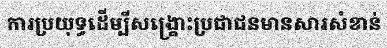
ការប្រយុទ្ធដើម្បីសង្គ្រោះប្រជាជនមានសារសំខាន់